Code of medical and sanitary regulations for the guidance of medical officers serving in the Madras Presidency - Volume II
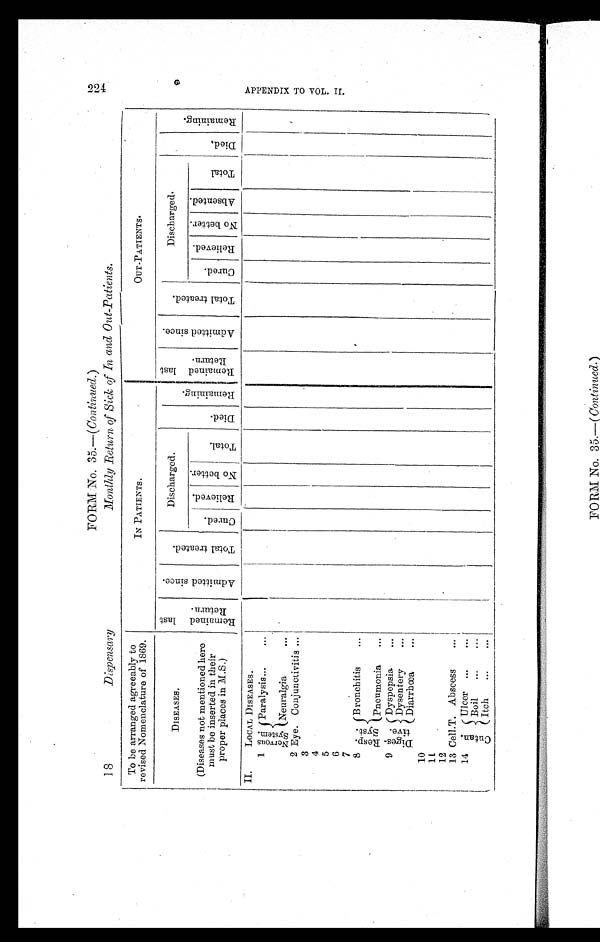
2 2 4 F O R M N O . 3 5 . — ( C o n t i n u e d .
)
18
Dispensary Monthly Return of Sick of In mid Out-Patients.
To be arranged agreeably to
revised Nomenclature of 1869.
IN PATIENTS.
OUT-PATIENTS.
DISEASES.
R e m a i n e d l a s t R e t u r n .
A d m i t t e d s i n c e .
T o t a l t r e a t e d .
Discharged.
D i e d .
R e m a i n i n g .
R e m a i n e d l a s t R e t u r n .
A d m i t t e d s i n c e .
T o t a l t r e a t e d .
Discharged.
D i e d .
R e m a i n i n g .
(Diseases not mentioned here
must be inserted in their
proper places in M.S.)
C u r e d .
R e l i e v e d .
N o b e t t e r .
T o t a l .
C u r e d .
R e l i e v e d .
N o b e t t e r .
A b s e n t e d .
T o t a l
II.
LOCAL DISEASES.
1 Ner vous Syst em. Paralysis ...
...
Neuralgia
. . .
2 Eye. Conjunctivitis ...
3
4
5
6
7
8 Resp.
Syst.
Bronchitis
...
Pneumoni
...
9
Diges-
tive. Dyspepsia
...
Dysentery
. . .
Diarrhœa
. . .
10
11
12
13 Cell.T. Abscess
. . .
14
C u t a n . Ulcer . . .
. . .
Boil
...
...
Itch
...
...
A P P E N D I X T O V O L . I I .